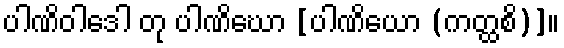
ပါဏိဝါဒေါ တု ပါဏိဃော [ပါဏိယော (ကတ္ထစိ)]။